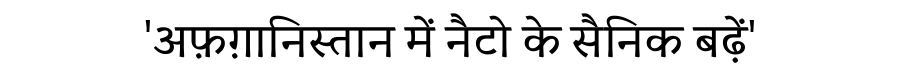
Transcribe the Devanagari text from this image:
'अफ़ग़ानिस्तान में नैटो के सैनिक बढ़ें'